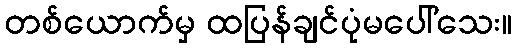
တစ်ယောက်မှ ထပြန်ချင်ပုံမပေါ်သေး။